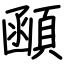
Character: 顄